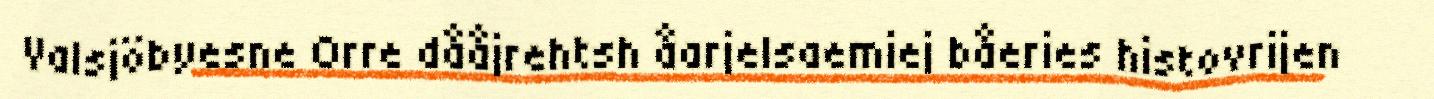
Valsjöbyesne Orre dååjrehtsh åarjelsaemiej båeries histovrijen